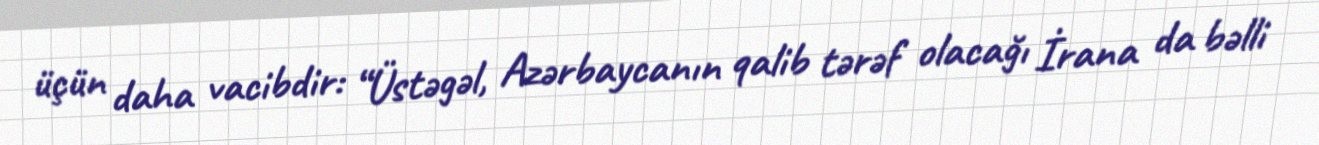
üçün daha vacibdir: “Üstəgəl, Azərbaycanın qalib tərəf olacağı İrana da bəlli